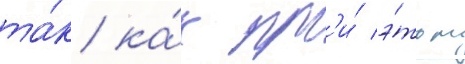
та́к ка́к пр'и́ э́том